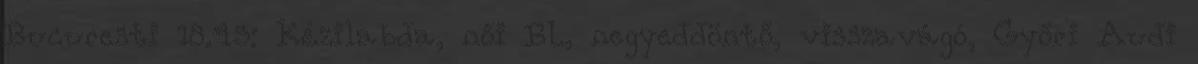
Bucuresti 18.45: Kézilabda, női BL, negyeddöntő, visszavágó, Győri Audi